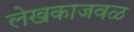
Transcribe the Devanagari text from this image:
लेखकाजवळ